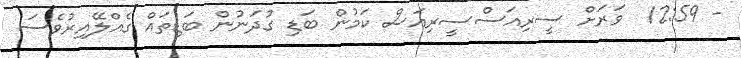
- 12:59  ވަރަށް ސީރިއަސްސީރިއަސް ކަމުން ބަޑި ގުދަނުން ބަޑިތައް ގެއްލޭއިރުވެސަ